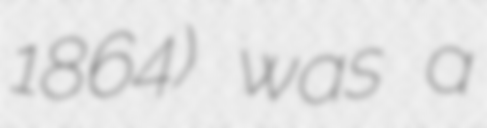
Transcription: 1864) was a